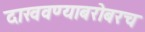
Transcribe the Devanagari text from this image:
दाखवण्याबरोबरच